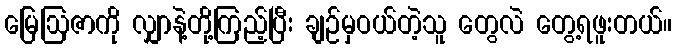
မြေဩဇာကို လျှာနဲ့တို့ကြည့်ပြီး ချဉ်မှဝယ်တဲ့သူ တွေလဲ တွေ့ရဖူးတယ်။